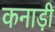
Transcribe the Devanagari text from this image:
कनाड़ी